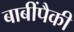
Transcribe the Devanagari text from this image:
बाबींपैकी